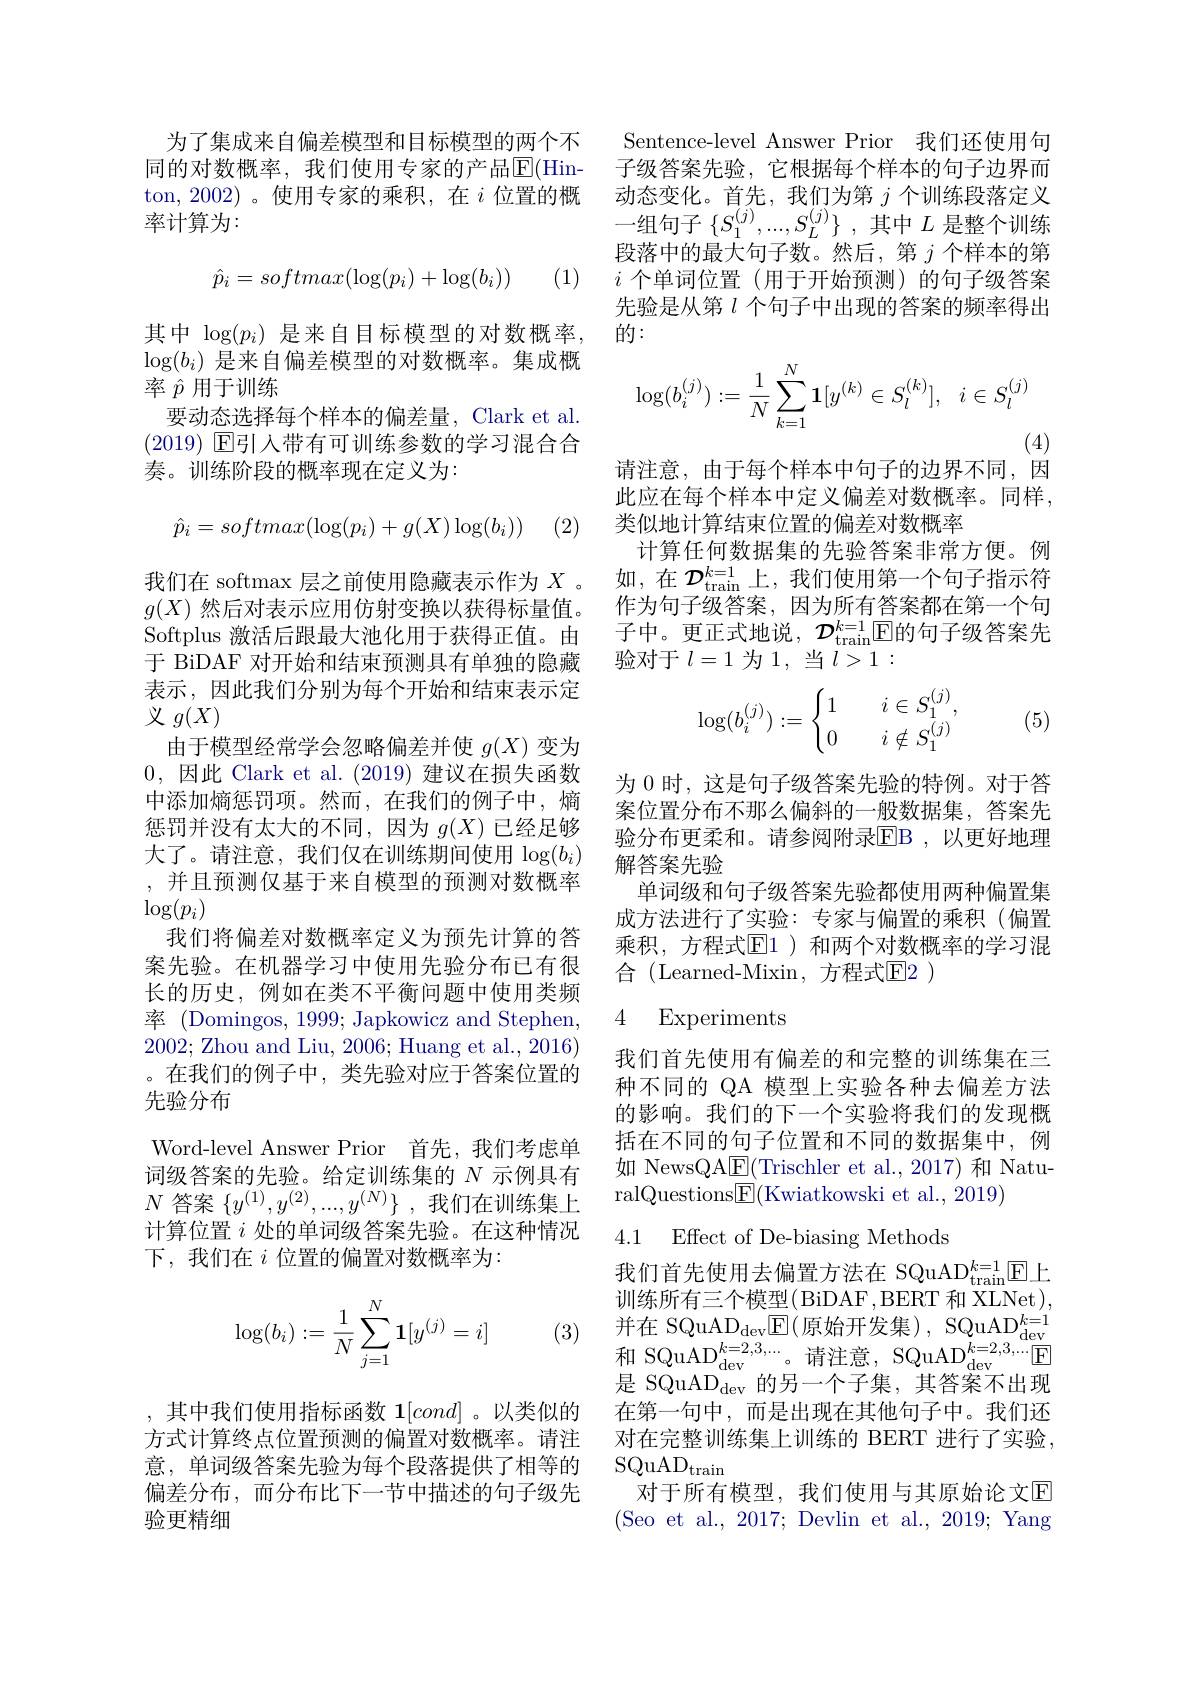
为了集成来自偏差模型和目标模型的两个不 Sentence-level Answer Prior 我们还使用句同的对数概率，我们使用专家的产品$\overline{\mathbb{E}}($Hin- 子级答案先验，它根据每个样本的句子边界而ton,2002)。使用专家的乘积，在$i$位置的概 动态变化。首先，我们为第$j$个训练段落定义率计算为：
$$\hat{p}_i=softmax(\log(p_i)+\log(b_i))$$
(1)

其中$\log(p_i)$是来自目标模型的对数概率， $\log(b_i)$是来自偏差模型的对数概率。集成概率$\hat{p}$用于训练
要动态选择每个样本的偏差量，Clark et al. (2019) ☑回引入带有可训练参数的学习混合合奏。训练阶段的概率现在定义为：
$$\hat{p}_{i}=softmax(\log(p_{i})+g(X)\log(b_{i}))$$
(2)

我们在 softmax 层之前使用隐藏表示作为$X$ 。$g(X)$然后对表示应用仿射变换以获得标量值。Softplus 激活后跟最大池化用于获得正值。由于 BiDAF 对开始和结束预测具有单独的隐藏表示，因此我们分别为每个开始和结束表示定义$g(X)$
由于模型经常学会忽略偏差并使$g(X)$变为0,因此 Clark et al.(2019) 建议在损失函数中添加熵惩罚项。然而，在我们的例子中，熵惩罚并没有太大的不同，因为$g(X)$已经足够大了。请注意，我们仅在训练期间使用$\log(b_i)$ ,并且预测仅基于来自模型的预测对数概率$\log(p_i)$
我们将偏差对数概率定义为预先计算的答案先验。在机器学习中使用先验分布已有很长的历史，例如在类不平衡问题中使用类频率 (Domingos, 1999; Japkowicz and Stephen, 2002; Zhou and Liu, 2006; Huang et al., 2016) 。在我们的例子中，类先验对应于答案位置的先验分布
Word-level Answer Prior 首先，我们考虑单词级答案的先验。给定训练集的$N$示例具有$N$答案$\{y^{(1)},y^{(2)},...,y^{(N)}\}$ ,我们在训练集上计算位置$i$处的单词级答案先验。在这种情况下，我们在$i$位置的偏置对数概率为：
$$\log(b_i):=\dfrac{1}{N}\sum_{j=1}^{N}\mathbf{1}[y^{(j)}=i]$$
$\begin{array}{cc}(3)&\text{并在 SQuAD}_{\mathrm{dev}}\mathbb{E}(\text{原始开发集),}&\text{SQuAD}_{\mathrm{dev}}^{k=1}\\\text{和 SQuAD}_{\mathrm{dev}}^{k=2,3,\ldots}\text{。请注意，SQuAD}_{\mathrm{dev}}^{k=2,3,\ldots}\boxed{\mathrm{E}}\end{array}$

,其中我们使用指标函数$\mathbf{1}[cond]$。以类似的偏差分布，而分布比下一节中描述的句子级先验更精细

一组句子$\{ S_1^{( j) }, . . . , S_L^{( j) }\}$ ,其中$L$是整个训练段落中的最大句子数。然后，第$j$个样本的第$i$个单词位置(用于开始预测)的句子级答案先验是从第$\iota$个句子中出现的答案的频率得出的：
$$\log(b_i^{(j)}):=\frac{1}{N}\sum_{k=1}^{N}\mathbf{1}[y^{(k)}\in S_l^{(k)}],\:i\in S_l^{(j)}$$
(4)

请注意，由于每个样本中句子的边界不同，因此应在每个样本中定义偏差对数概率。同样， 类似地计算结束位置的偏差对数概率
计算任何数据集的先验答案非常方便。例如，在 $\mathcal{D}_{\mathrm{train}}^{k=1}$上，我们使用第一个句子指示符作为句子级答案，因为所有答案都在第一个句子中。更正式地说，$\mathcal{D}_\mathrm{train}^{k=1}$E的句子级答案先验对于$l=1$为1，当$l>1:$
$$\log(b_i^{(j)}):=\begin{cases}1&\quad i\in S_1^{(j)},\\0&\quad i\notin S_1^{(j)}\end{cases}$$
(5)

为 0 时，这是句子级答案先验的特例。对于答案位置分布不那么偏斜的一般数据集，答案先验分布更柔和。请参阅附录$\overline{\mathrm{EB}}$,以更好地理解答案先验
单词级和句子级答案先验都使用两种偏置集成方法进行了实验：专家与偏置的乘积(偏置乘积，方程式$\mathbb{E}1$)和两个对数概率的学习混${\text{合(Learned-Mixin,方程式}\overline{\mathrm{E}}2})$

### 4 Experiments

我们首先使用有偏差的和完整的训练集在三种不同的 QA 模型上实验各种去偏差方法的影响。我们的下一个实验将我们的发现概括在不同的句子位置和不同的数据集中，例如 NewsQA$\underline{\mathrm{E}}($Trischler et al.,2017) 和 NaturalQuestions$\boxed{\mathrm{F}}($Kwiatkowski et al., 2019)

4.1 Effect of De-biasing Methods

我们首先使用去偏置方法在 SQuAD$_\mathrm{train}^{k=1}\boxed{\mathrm{E}}$上训练所有三个模型(BiDAF,BERT 和 XLNet), 是 SQuAD$_\mathrm{dev}$的另一个子集，其答案不出现在第一句中，而是出现在其他句子中。我们还
方式计算终点位置预测的偏置对数概率。请注 对在完整训练集上训练的 BERT 进行了实验，
意，单词级答案先验为每个段落提供了相等的 SQuAD$_\mathrm{train}$
对于所有模型，我们使用与其原始论文$\overline{\mathrm{E}}$ (Seo et al., 2017; Devlin et al., 2019; Yang